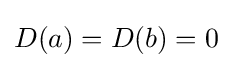
D(a)=D(b)=0